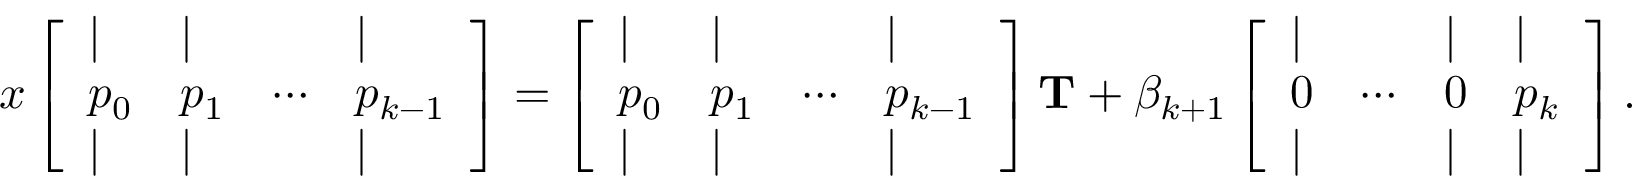
x \left[ \begin{array} { l l l l } { | } & { | } & & { | } \\ { p _ { 0 } } & { p _ { 1 } } & { \cdots } & { p _ { k - 1 } } \\ { | } & { | } & & { | } \end{array} \right] = \left[ \begin{array} { l l l l } { | } & { | } & & { | } \\ { p _ { 0 } } & { p _ { 1 } } & { \cdots } & { p _ { k - 1 } } \\ { | } & { | } & & { | } \end{array} \right] \mathbf { T } + \beta _ { k + 1 } \left[ \begin{array} { l l l l } { | } & & { | } & { | } \\ { 0 } & { \cdots } & { 0 } & { p _ { k } } \\ { | } & & { | } & { | } \end{array} \right] .